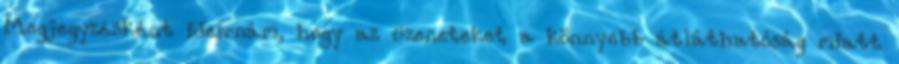
Megjegyzésként ideírnám, hogy az üzeneteket a könnyebb átláthatóság miatt